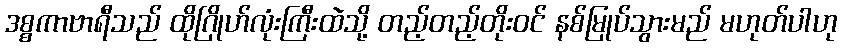
ဒစ္စကာဗာရီသည် ထိုဂြိုဟ်လုံးကြီးထဲသို့ တည့်တည့်တိုးဝင် နစ်မြုပ်သွားမည် မဟုတ်ပါဟု